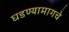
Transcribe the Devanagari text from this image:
घडण्यामागचे